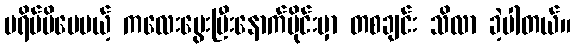
မရိပ်မိပေမယ့် ကလေးမွေးပြီးနောက်ပိုင်းမှာ တစချင်း သိလာ ခဲ့ပါတယ်။